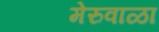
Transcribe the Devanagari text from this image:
मेरुवाळा